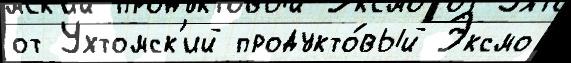
от Ухтомск'ий продукто́вый Эксмо